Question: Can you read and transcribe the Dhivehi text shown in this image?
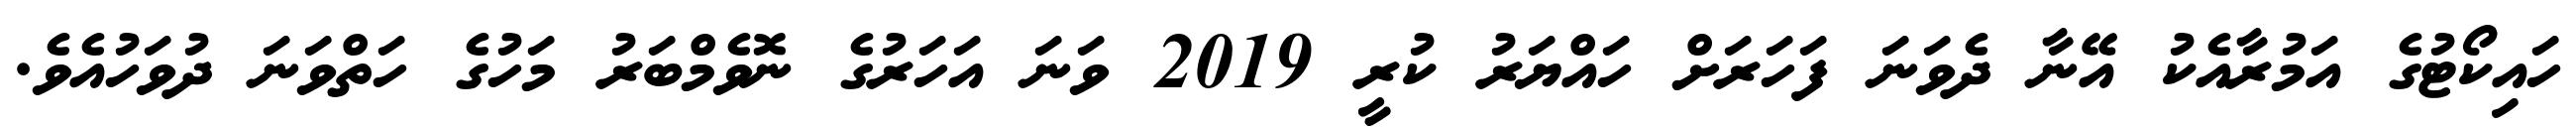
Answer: ހައިކޯޓުގެ އަމުރާއެކު އޭނާ ދެވަނަ ފަހަރަށް ހައްޔަރު ކުރީ 2019 ވަނަ އަހަރުގެ ނޮވެމްބަރު މަހުގެ ހަތްވަނަ ދުވަހުއެވެ.